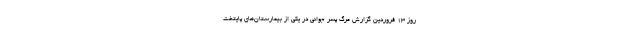
روز ۱۳ فروردین گزارش مرگ پسر جوانی در یکی از بیمارستان‌های پایتخت